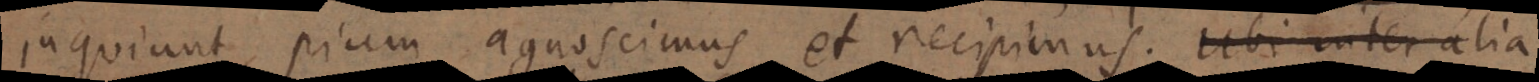
inquiunt, pium agnoscimus et recipimus. Ubi inter alia